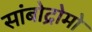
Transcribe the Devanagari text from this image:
सांबोद्रोमो